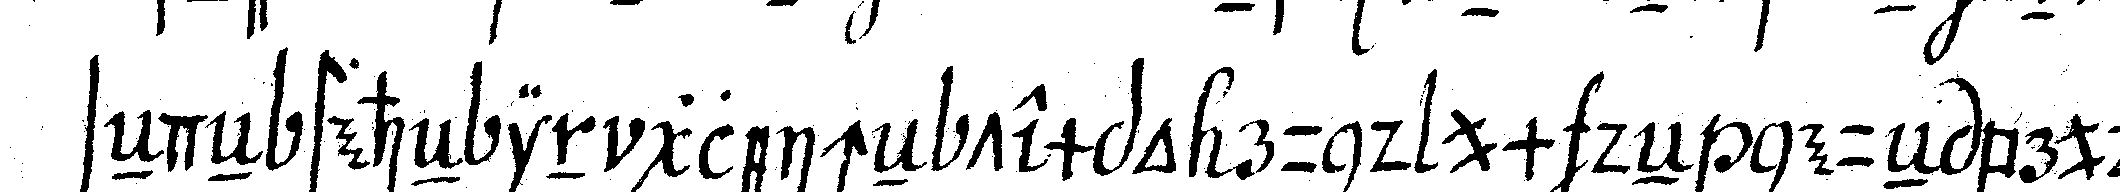
seNdeN steheN in gleicheN tempo rund um deN neueN bruder